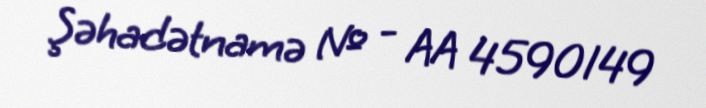
Şəhadətnamə № - AA 4590149